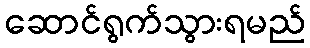
ဆောင်ရွက်သွားရမည်